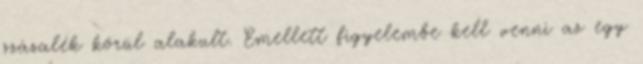
százalék körül alakult. Emellett figyelembe kell venni az egy